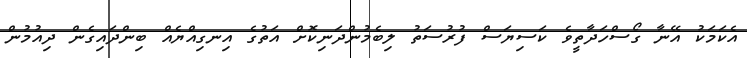
އެކަމަކު އޭނާ ގޯސްހަދާތީވެ ކަސިޔަސް ފުރުސަތު ލިބެމުންދަނިކޮށް އަތުގެ އިނގިއްޔެއް ބިންދައިގެން ދިއުމުން